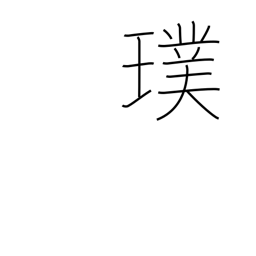
Meaning: unpolished gem